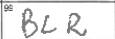
Transcription: BLR